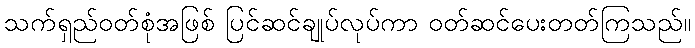
သက်ရှည်ဝတ်စုံအဖြစ် ပြင်ဆင်ချုပ်လုပ်ကာ ဝတ်ဆင်ပေးတတ်ကြသည်။